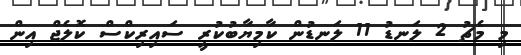
މި މެޗު 2 ލަނޑު 11 ލަނޑުން ކާމިޔާބުކުރީ ސައިރިކްސް ކޮލެޖް އިން